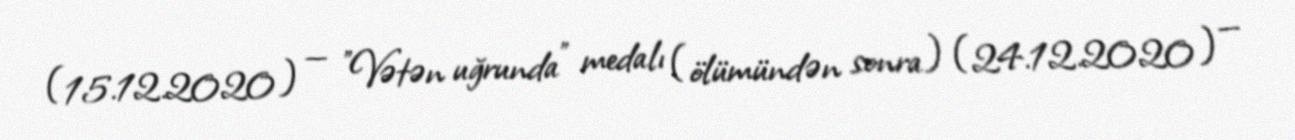
(15.12.2020) — "Vətən uğrunda" medalı (ölümündən sonra) (24.12.2020) —